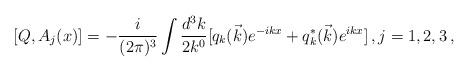
LaTeX: \begin{align*}[ Q,A_j (x)] =- \frac{i}{(2 \pi)^3} \int \frac{d^3 k}{2 k^0} [ q_k(\vec{k}) e^{-ikx} + q_k^*(\vec{k}) e^{ikx} ] \, , j=1,2,3 \, ,\end{align*}